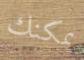
يمكنك